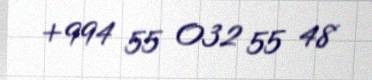
+994 55 032 55 48